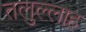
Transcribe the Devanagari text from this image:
तलुल्लाह